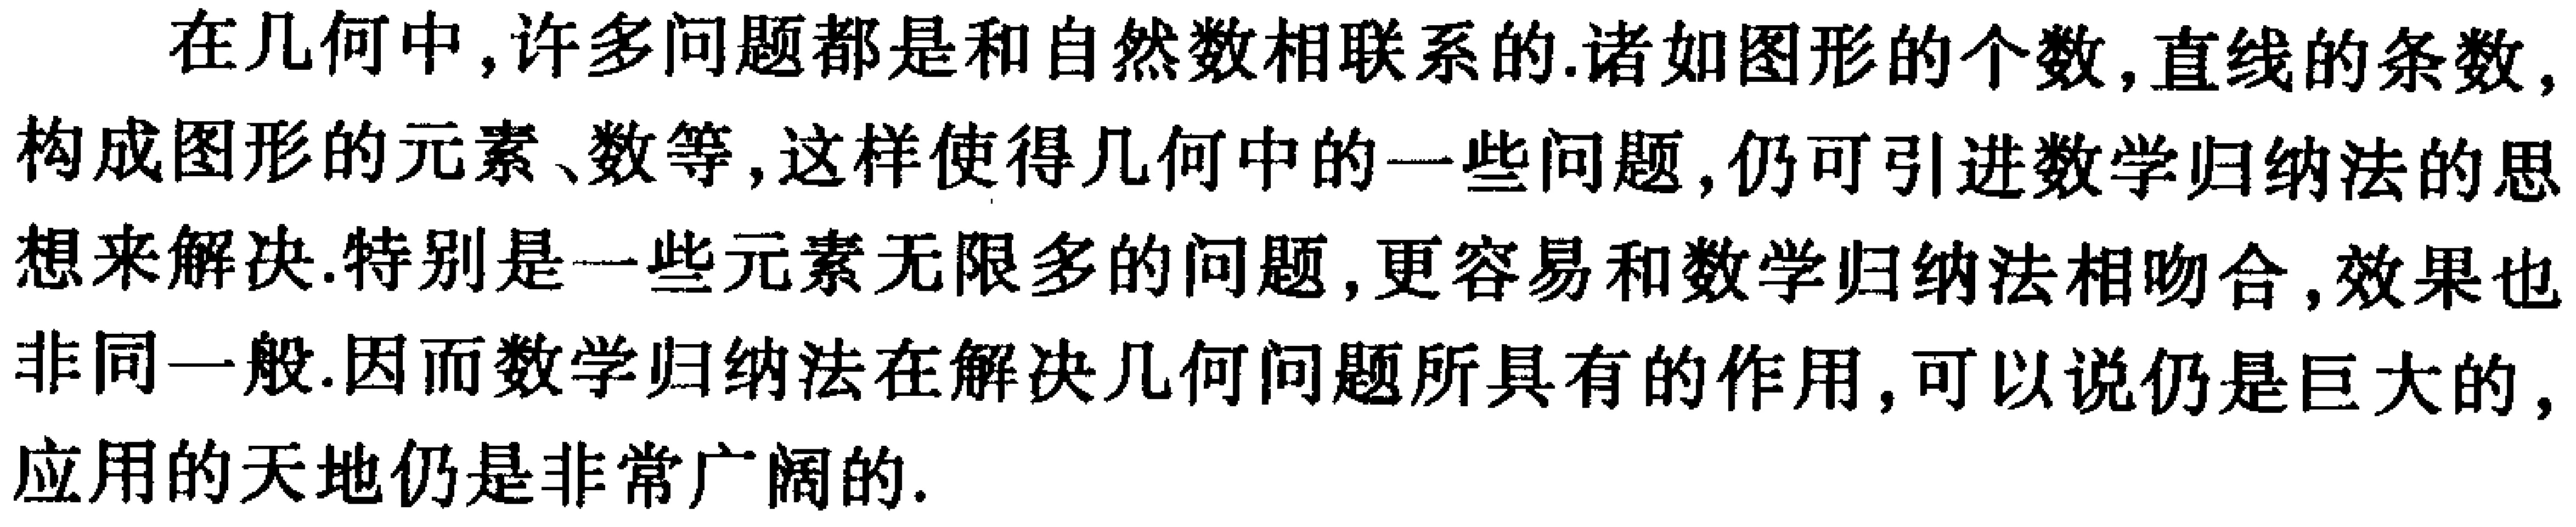
在几何中,许多问题都是和自然数相联系的.诸如图形的个数,直线的条数,构成图形的元素、数等,这样使得几何中的一些问题,仍可引进数学归纳法的思想来解决.特别是一些元素无限多的问题,更容易和数学归纳法相吻合,效果也非同一般.因而数学归纳法在解决几何问题所具有的作用,可以说仍是巨大的,应用的天地仍是非常广阔的.